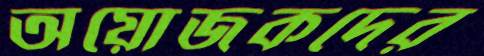
অয়োজকদের